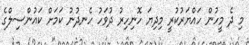
މި ދެ މީހުން ހައްޔަރުކުރީ މިދިޔަ ހޮނިހިރު ދުވަހު ހެނދުނު ކަމަށް ކައުންސިލްގެ